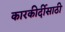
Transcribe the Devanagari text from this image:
कारकीर्दीसाठी